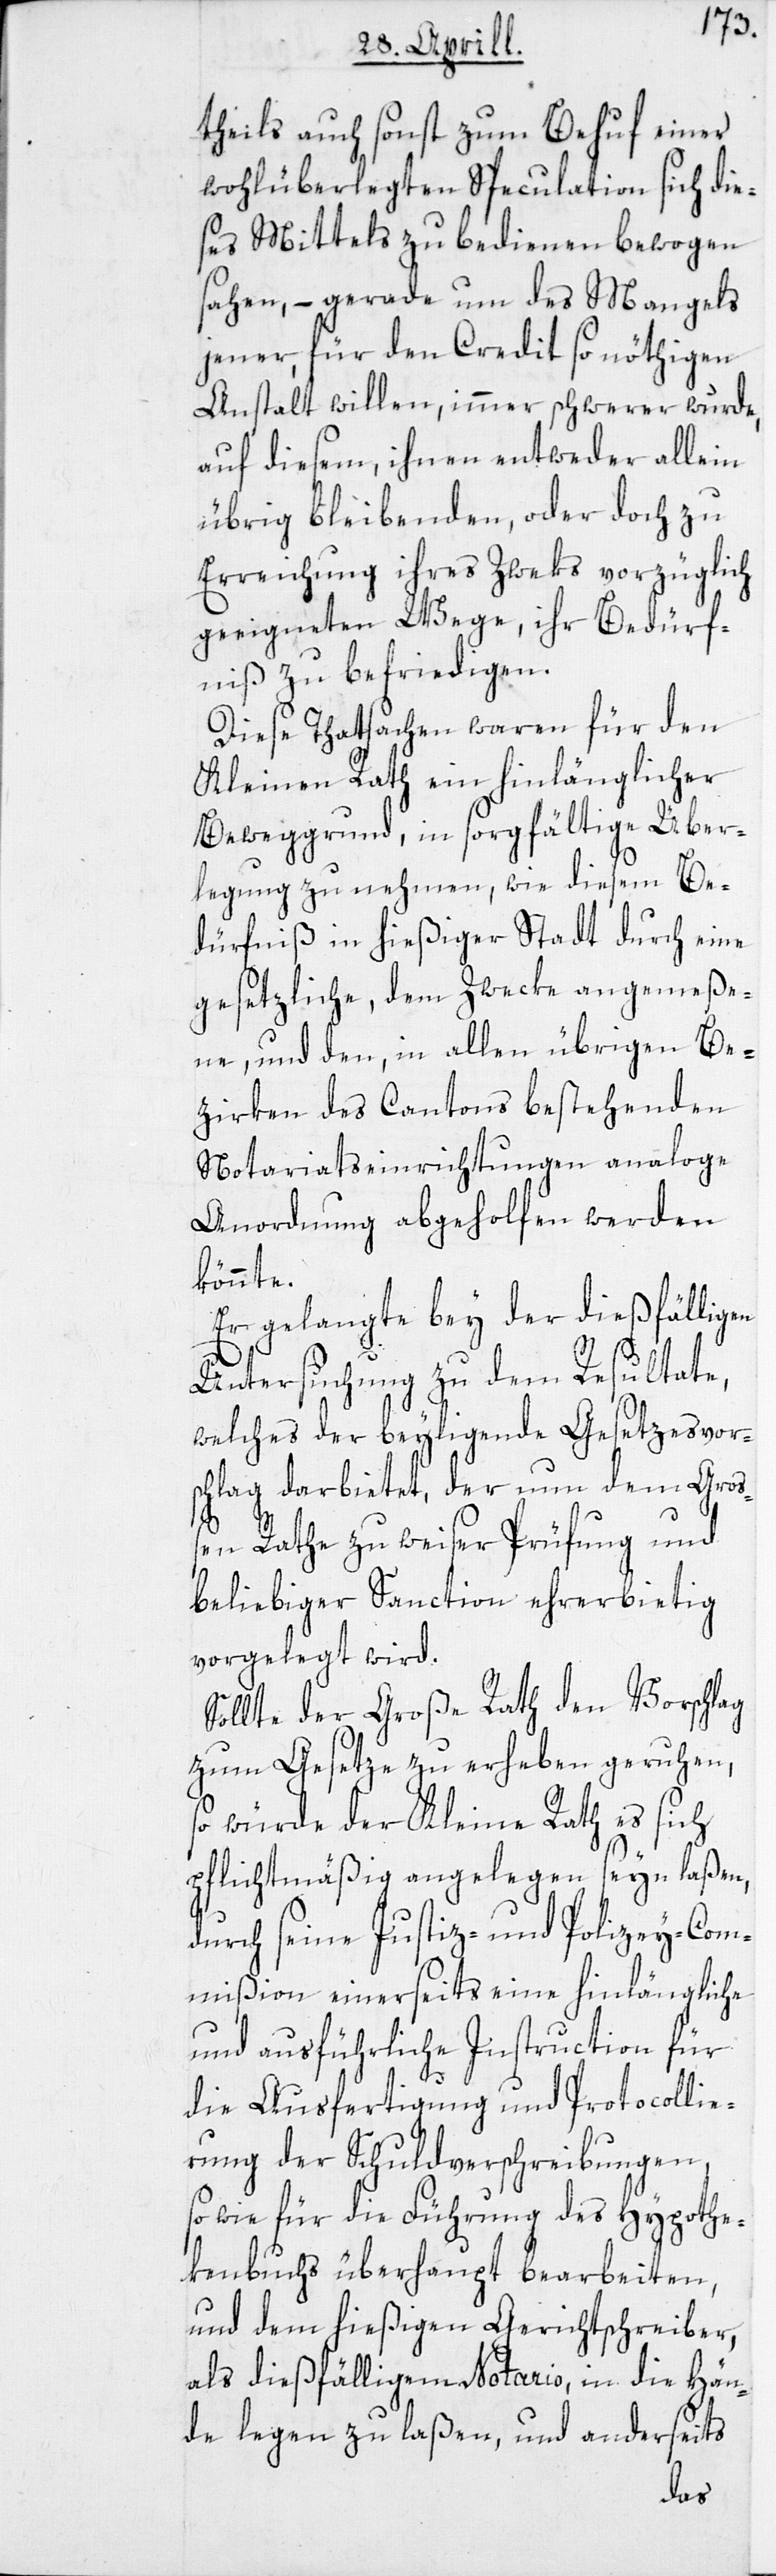
theils auch sonst zum Behuf einer
wohlüberlegten Speculation sich die¬
ses Mittels zu bedienen bewogen
sahen, – gerade um des Mangels
jener, für den Credit so nöthigen
Anstalt willen, immer schwerer wurde,
auf diesem, ihnen entweder allein
übrig bleibenden, oder doch zu
Erreichung ihres Zweks vorzüglich
geeigneten Wege, ihr Bedürf¬
niß zu befriedigen.
Diese Thatsachen waren für den
Kleinen Rath ein hinlänglicher
Beweggrund, in sorgfältige Über¬
legung zu nehmen, wie diesem Be¬
dürfniß in hießiger Stadt durch eine
gesetzliche, dem Zwecke angemeße¬
ne, und den, in allen übrigen Be¬
zirken des Cantons bestehenden
Notariatseinrichtungen analoge
Anordnung abgeholfen werden
könnte.
Er gelangte bey der dießfälligen
Untersuchung zu dem Resultate,
welches der beyligende Gesetzesvor¬
schlag darbietet, der nun dem Gros¬
s¬
en Rathe zu weiser Prüfung und
beliebiger Sanction ehrerbietig
vorgelegt wird.
Sollte der Große Rath den Vorschlag
zum Gesetze zu erheben geruhen,
so würde der Kleine Rath es sich
pflichtmäßig angelegen seyn laßen,
durch seine Justiz- und Polizey-Com¬
mißion einerseits eine hinlängliche
und ausführliche Instruction für
die Ausfertigung und Protocollie¬
rung der Schuldverschreibungen,
sowie für die Führung des Hypothe¬
kenbuchs überhaupt bearbeiten,
und dem hießigen Gerichtschreiber,
als dießfälligem Notario, in die Hän¬
de legen zu laßen, und anderseits